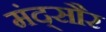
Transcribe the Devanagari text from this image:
मंद्सौर